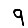
Digit: 9